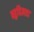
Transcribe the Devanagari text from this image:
बहुविज्ञता